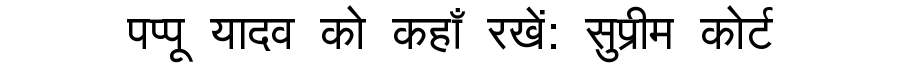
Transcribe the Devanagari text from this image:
पप्पू यादव को कहाँ रखें: सुप्रीम कोर्ट